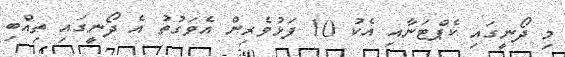
މި ދޯނީގައި ކެޕްޓަނާއި އެކު 10 ފަޅުވެރިން އެވަގުތު އެ ދޯނީގައި ތިއްބި